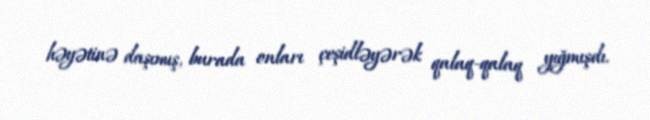
həyətinə daşımış, burada onları çeşidləyərək qalaq-qalaq yığmışdı.